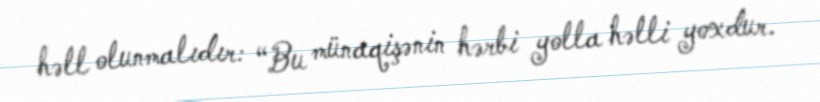
həll olunmalıdır: “Bu münaqişənin hərbi yolla həlli yoxdur.